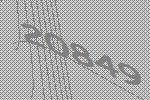
20849